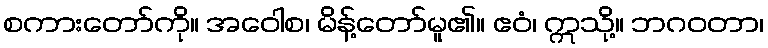
စကားတော်ကို။ အဝေါစ၊ မိန့်တော်မူ၏။ ဧဝံ၊ ဣသို့။ ဘဂဝတာ၊